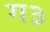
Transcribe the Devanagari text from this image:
ग३